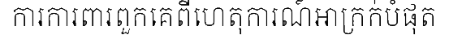
ការការពារពួកគេពីហេតុការណ៍អាក្រក់បំផុត